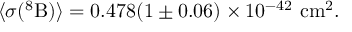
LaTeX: \langle \sigma ( ^ { 8 } \mathrm { B } ) \rangle = 0 . 4 7 8 ( 1 \pm 0 . 0 6 ) \times 1 0 ^ { - 4 2 } ~ \mathrm { c m ^ { 2 } } .